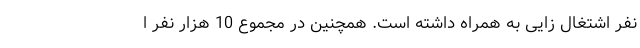
نفر اشتغال زایی به همراه داشته است. همچنین در مجموع 10 هزار نفر ا